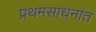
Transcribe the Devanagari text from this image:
प्रथमसाधनांत